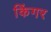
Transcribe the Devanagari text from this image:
किंगर